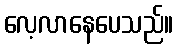
လေ့လာနေပေသည်။